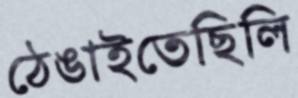
ঠেঙাইতেছিলি